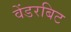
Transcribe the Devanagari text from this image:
वेंडरबिट